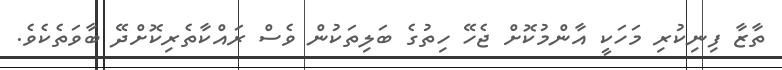
ތާޒާ ފިނިކުރި މަހަކީ އާންމުކޮށް ޖެހޭ ހިތުގެ ބަލިތަކުން ވެސް ރައްކާތެރިކޮށްދޭ ބާވަތެކެވެ.